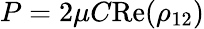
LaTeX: P=2\mu C\textrm{Re}(\rho_{12})